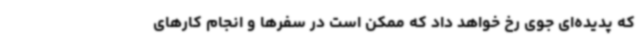
که پدیده‌ای جوی رخ خواهد داد که ممکن است در سفرها و انجام کارهای